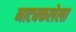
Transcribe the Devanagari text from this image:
नाट्यकलेला